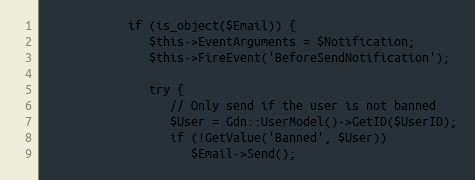
Language: PHP
            if (is_object($Email)) {
               $this->EventArguments = $Notification;
               $this->FireEvent('BeforeSendNotification');

               try {
                  // Only send if the user is not banned
                  $User = Gdn::UserModel()->GetID($UserID);
                  if (!GetValue('Banned', $User))
                     $Email->Send();